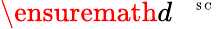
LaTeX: \ensuremath{d^{\mathrm{~\! ~\; ~\tiny~{~S~C~}~}}}